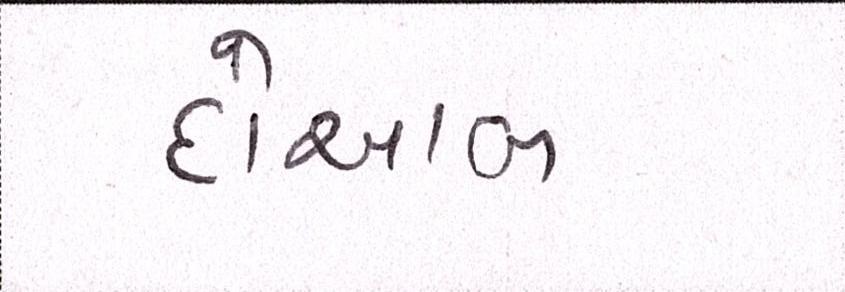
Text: દોઆબ